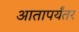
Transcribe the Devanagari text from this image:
आतापर्यंतर